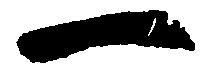
一